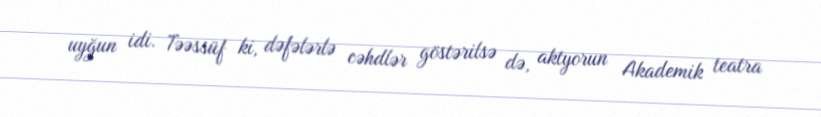
uyğun idi. Təəssüf ki, dəfələrlə cəhdlər göstərilsə də, aktyorun Akademik teatra